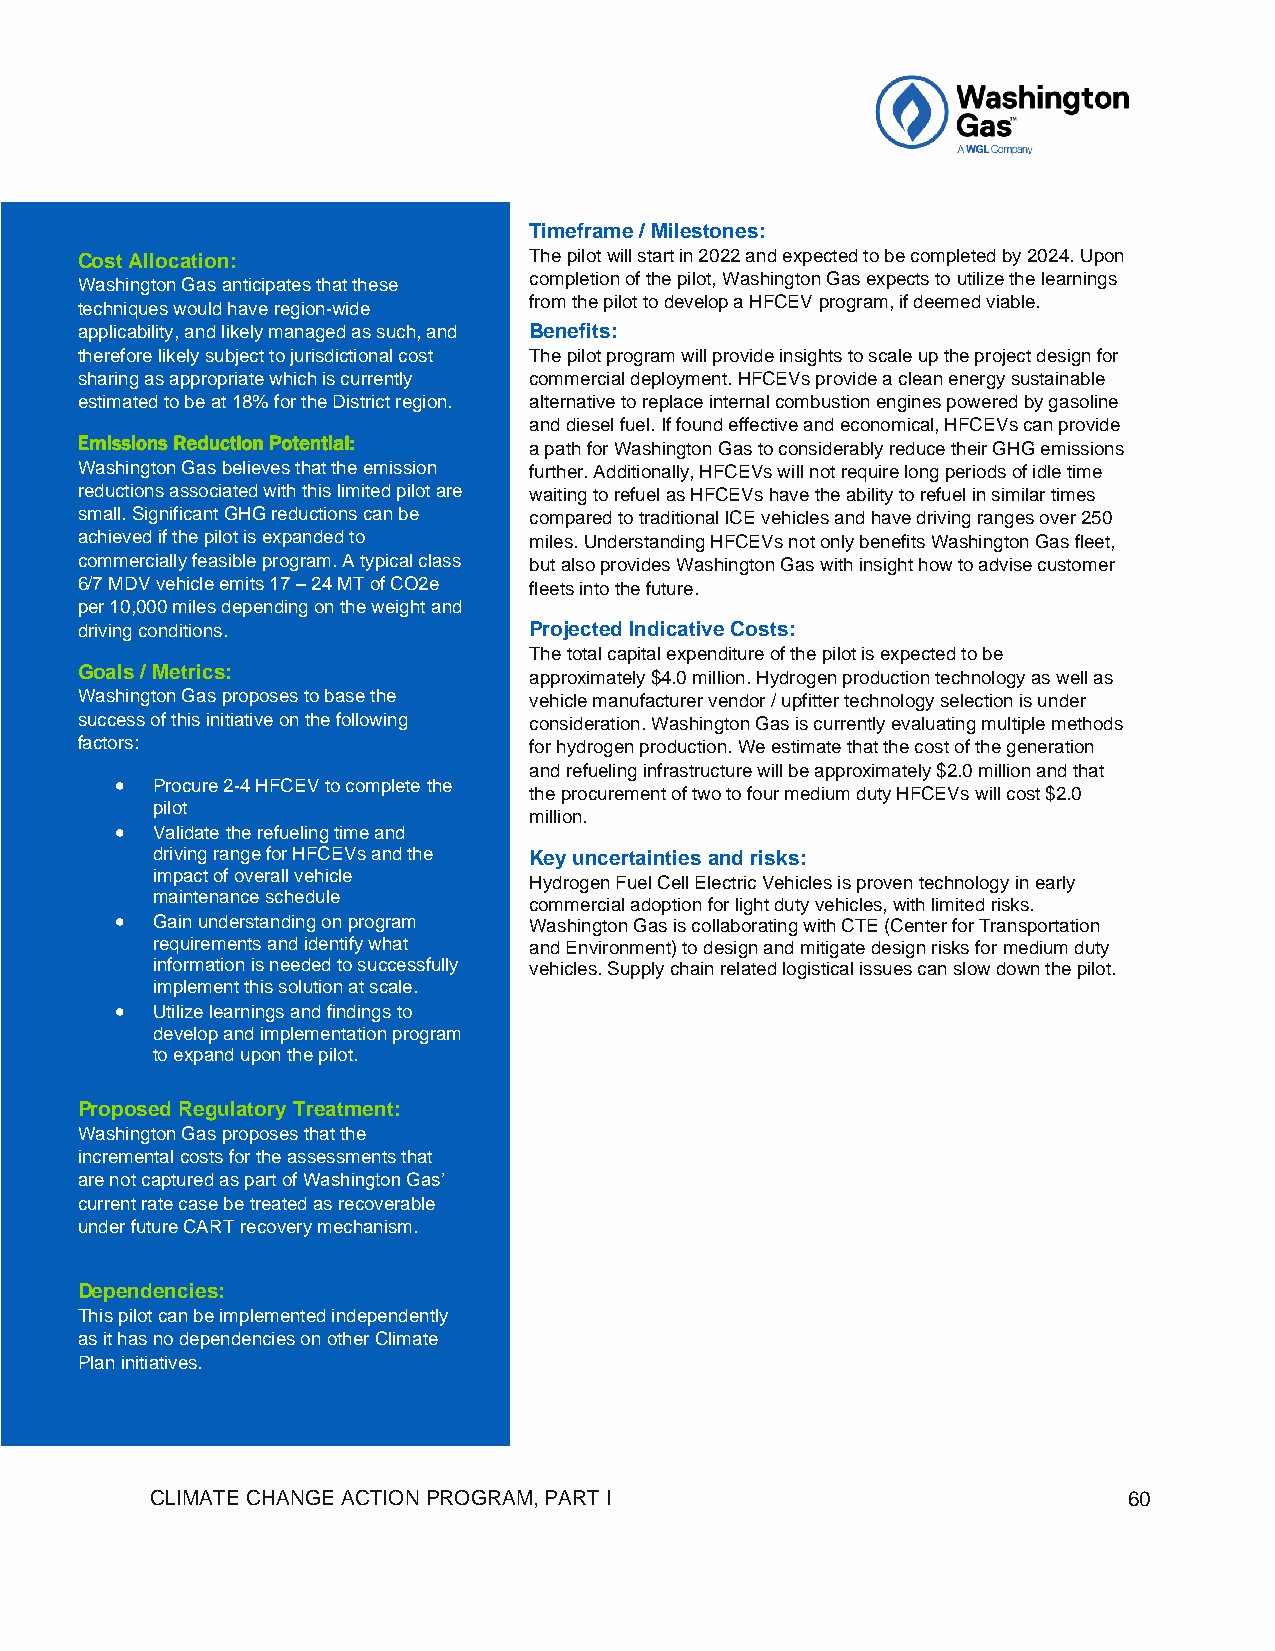
Timeframe / Milestones:
 Cost Allocation:              The pilot will start in 2022 and expected to be completed by 2024. Upon
 completion of the pilot, Washington Gas expects to utilize the learnings
 Washington Gas anticipates that these
 from the pilot to develop a HFCEV program, if deemed viable.
 techniques would have region-wide
 applicability, and likely managed as such, and Benefits:
 therefore likely subject to jurisdictional cost The pilot program will provide insights to scale up the project design for
 sharing as appropriate which is currently commercial deployment. HFCEVs provide a clean energy sustainable
 estimated to be at 18% for the District region. alternative to replace internal combustion engines powered by gasoline
 and diesel fuel. If found effective and economical, HFCEVs can provide
 Emissions Reduction Potential:
 a path for Washington Gas to considerably reduce their GHG emissions
 Washington Gas believes that the emission further. Additionally, HFCEVs will not require long periods of idle time
 reductions associated with this limited pilot are waiting to refuel as HFCEVs have the ability to refuel in similar times
 small. Significant GHG reductions can be compared to traditional ICE vehicles and have driving ranges over 250
 achieved if the pilot is expanded to miles. Understanding HFCEVs not only benefits Washington Gas fleet,
 commercially feasible program. A typical class but also provides Washington Gas with insight how to advise customer
 6/7 MDV vehicle emits 17 – 24 MT of CO2e fleets into the future.
 per 10,000 miles depending on the weight and
 driving conditions.           Projected Indicative Costs:
 The total capital expenditure of the pilot is expected to be
 Goals / Metrics:
 approximately $4.0 million. Hydrogen production technology as well as
 Washington Gas proposes to base the vehicle manufacturer vendor / upfitter technology selection is under
 success of this initiative on the following consideration. Washington Gas is currently evaluating multiple methods
 factors:                      for hydrogen production. We estimate that the cost of the generation
 and refueling infrastructure will be approximately $2.0 million and that
 • Procure 2-4 HFCEV to complete the
 the procurement of two to four medium duty HFCEVs will cost $2.0
 pilot
 million.
 • Validate the refueling time and
 driving range for HFCEVs and the Key uncertainties and risks:
 impact of overall vehicle
 Hydrogen Fuel Cell Electric Vehicles is proven technology in early
 maintenance schedule
 commercial adoption for light duty vehicles, with limited risks.
 • Gain understanding on program Washington Gas is collaborating with CTE (Center for Transportation
 requirements and identify what and Environment) to design and mitigate design risks for medium duty
 information is needed to successfully vehicles. Supply chain related logistical issues can slow down the pilot.
 implement this solution at scale.
 • Utilize learnings and findings to
 develop and implementation program
 to expand upon the pilot.
 Proposed Regulatory Treatment:
 Washington Gas proposes that the
 incremental costs for the assessments that
 are not captured as part of Washington Gas’
 current rate case be treated as recoverable
 under future CART recovery mechanism.
 Dependencies:
 This pilot can be implemented independently
 as it has no dependencies on other Climate
 Plan initiatives.
 CLIMATE CHANGE ACTION PROGRAM, PART I                            60